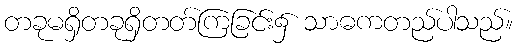
တခုမရှိတခုရှိတတ်ကြခြင်း၌ သာဓကတည်ပါသည်။